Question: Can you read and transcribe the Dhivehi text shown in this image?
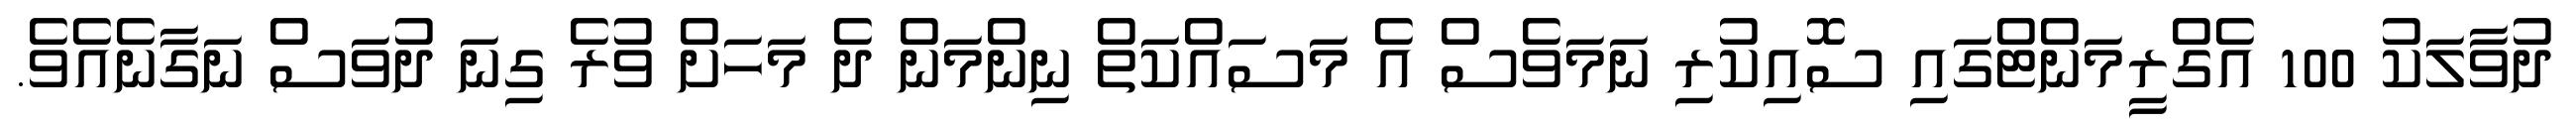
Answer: ދުވާލަކު 100 އެގްރީމަންޓްގައި ސޮއިކުރި ނަމަވެސް އެ މަސައްކަތް ނިންމަން ދެ މަހަށް ވުރެ ގިނަ ދުވަސް ނަގާނެއެވެ.